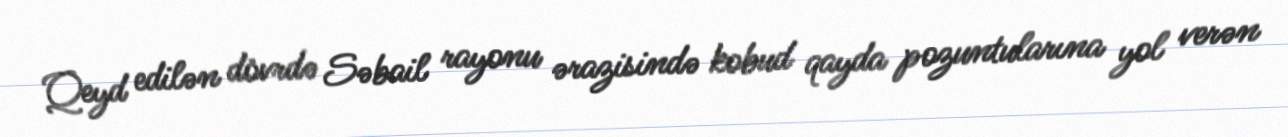
Qeyd edilən dövrdə Səbail rayonu ərazisində kobud qayda pozuntularına yol verən